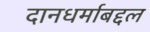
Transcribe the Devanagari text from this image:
दानधर्माबद्दल